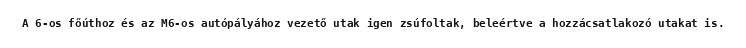
A 6-os főúthoz és az M6-os autópályához vezető utak igen zsúfoltak, beleértve a hozzácsatlakozó utakat is.